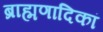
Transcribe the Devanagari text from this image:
ब्राह्मणादिकां